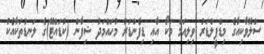
ސްލޮވާކިއާގެ މިޑްފީލްޑަރު ވިލިއަމް މަކޯ އާއި ޑިފެންޑަރު މުހައްމަދު ޝިފާން (ކުޑައްޓޭ)ގެ ލަނޑުތަކާއެކު